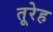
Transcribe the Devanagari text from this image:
तूरेह